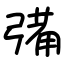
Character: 㣁